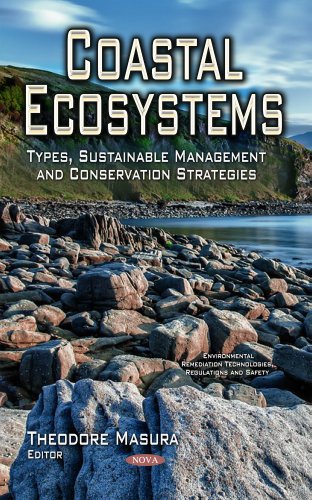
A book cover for Coastal Ecosystems: Types, Sustainable Management and Conservation Strategies (Environmental Remediation Technologies, Regulations and Safety); Theodore Masura; Science & Math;